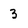
Character: 3